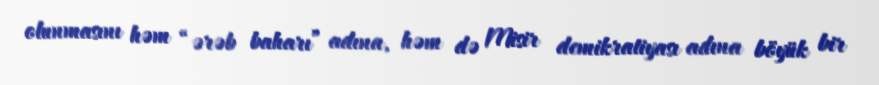
olunmasını həm “ərəb baharı” adına, həm də Misir demikratiyası adına böyük bir